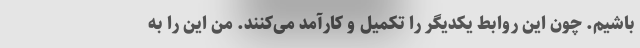
باشیم. چون این روابط یکدیگر را تکمیل و کارآمد می‌کنند. من این را به